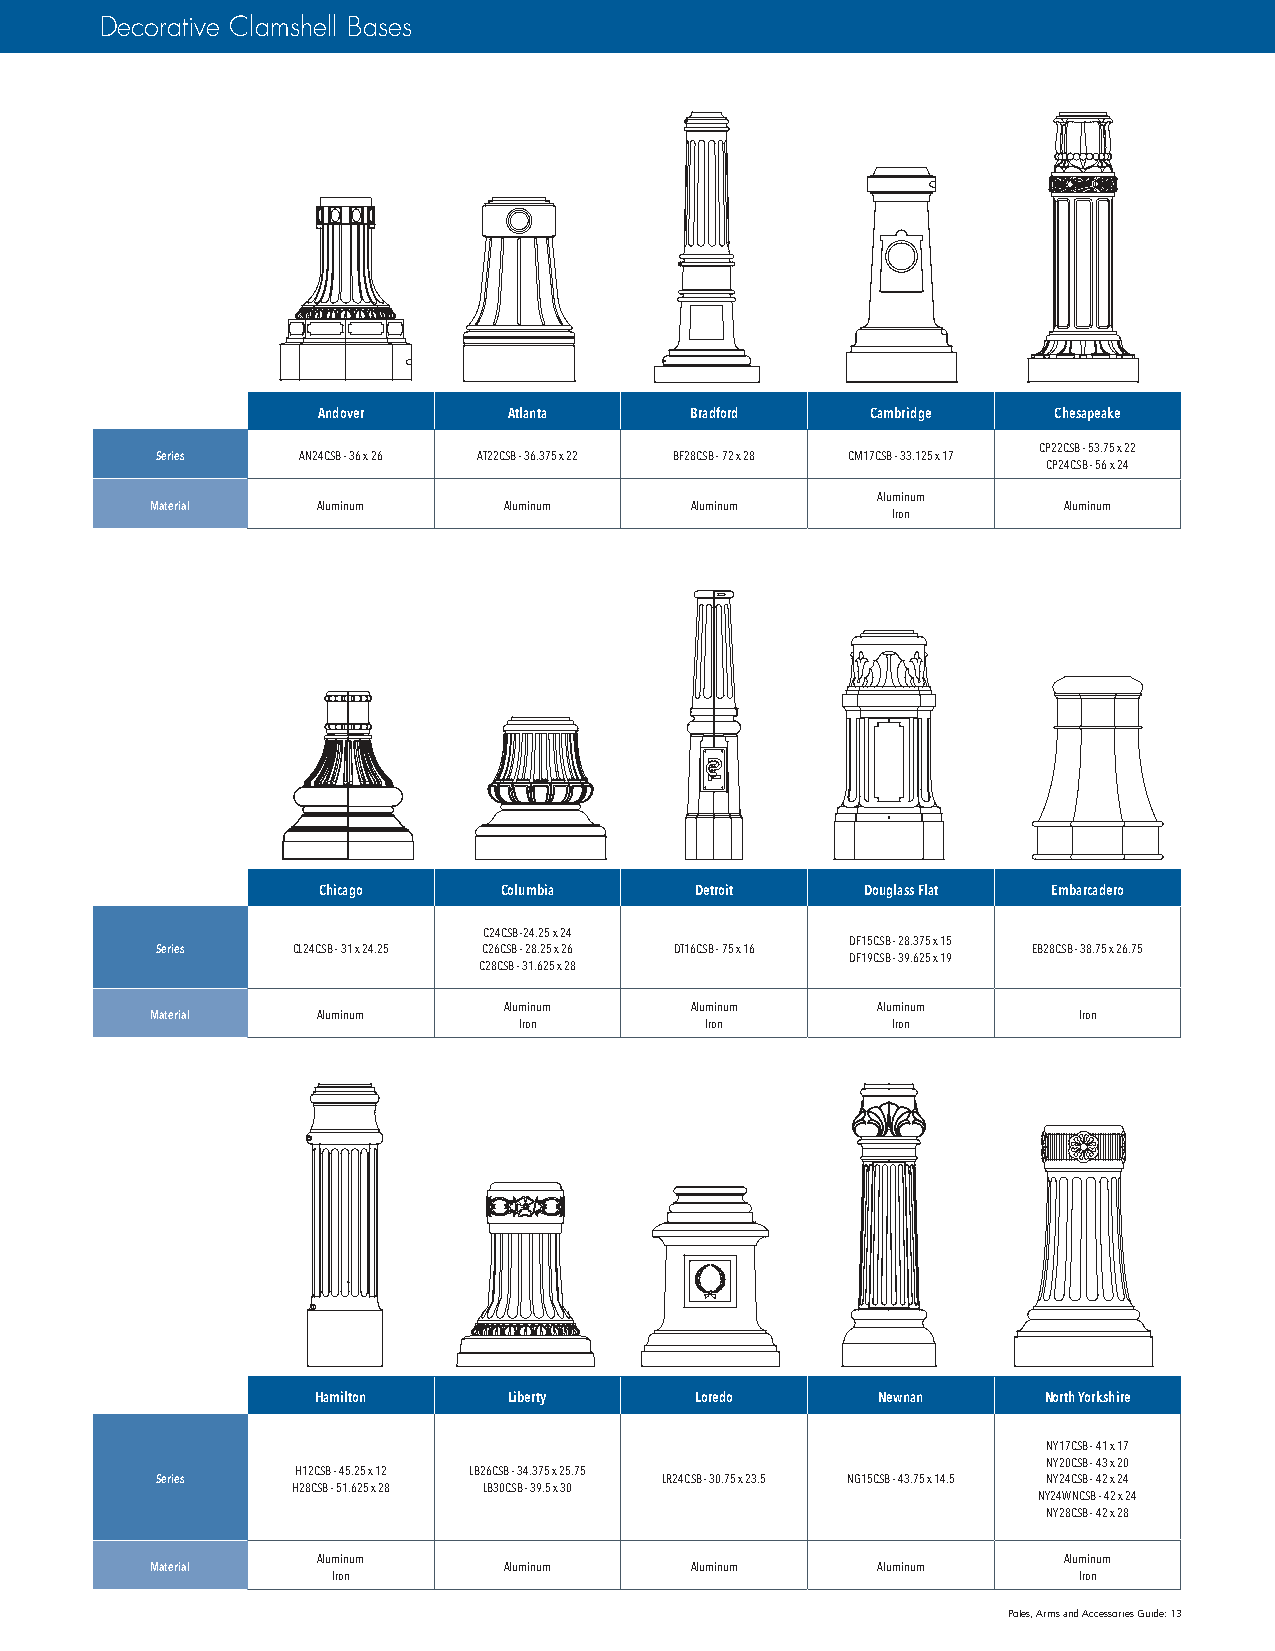
Decorative Clamshell Bases
 Andover      Atlanta     Bradford    Cambridge   Chesapeake
 CP22CSB - 53.75 x 22
 Series    AN24CSB - 36 x 26 AT22CSB - 36.375 x 22 BF28CSB - 72 x 28 CM17CSB - 33.125 x 17
 CP24CSB - 56 x 24
 Aluminum
 Material   Aluminum    Aluminum     Aluminum                Aluminum
 Iron
 Chicago     Columbia     Detroit    Douglass Flat Embarcadero
 C24CSB -24.25 x 24
 DF15CSB - 28.375 x 15
 Series   CL24CSB - 31 x 24.25 C26CSB - 28.25 x 26 DT16CSB - 75 x 16 EB28CSB - 38.75 x 26.75
 DF19CSB - 39.625 x 19
 C28CSB - 31.625 x 28
 Aluminum     Aluminum    Aluminum
 Material   Aluminum                                          Iron
 Iron         Iron        Iron
 Hamilton     Liberty     Loredo      Newnan     North Yorkshire
 NY17CSB - 41 x 17
 NY20CSB - 43 x 20
 H12CSB - 45.25 x 12 LB26CSB - 34.375 x 25.75
 Series                            LR24CSB - 30.75 x 23.5 NG15CSB - 43.75 x 14.5 NY24CSB - 42 x 24
 H28CSB - 51.625 x 28 LB30CSB - 39.5 x 30
 NY24WNCSB - 42 x 24
 NY28CSB - 42 x 28
 Aluminum                                         Aluminum
 Material               Aluminum     Aluminum    Aluminum
 Iron                                             Iron
 Poles, Arms and Accessories Guide: 13